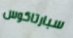
سبارتاكوس